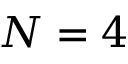
N = 4